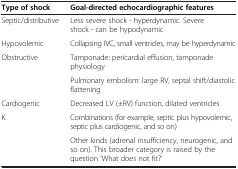
<table><thead><tr><td><b>Type of shock</b></td><td><b>Goal-directed echocardiographic features</b></td></tr></thead><tbody><tr><td>Septic/distributive</td><td>Less severe shock - hyperdynamic. Severe shock - can be hypodynamic</td></tr><tr><td>Hypovolemic</td><td>Collapsing IVC, small ventricles, may be hyperdynamic</td></tr><tr><td>Obstructive</td><td>Tamponade: pericardial effusion, tamponade physiology</td></tr><tr><td></td><td>Pulmonary embolism: large RV, septal shift/diastolic flattening</td></tr><tr><td>Cardiogenic</td><td>Decreased LV (±RV) function, dilated ventricles</td></tr><tr><td>K</td><td>Combinations (for example, septic plus hypovolemic, septic plus cardiogenic, and so on)</td></tr><tr><td></td><td>Other kinds (adrenal insufficiency, neurogenic, and so on). This broader category is raised by the question ‘What does not fit?’</td></tr></tbody></table>